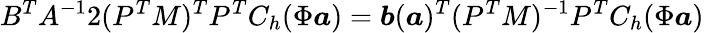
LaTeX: B^{T}A^{-1}2(P^{T}M)^{T}P^{T}C_{h}(\Phi\boldsymbol{a})=\boldsymbol{b}(\boldsymbol{a})^{T}(P^{T}M)^{-1}P^{T}C_{h}(\Phi\boldsymbol{a})